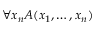
\forall x _ { n } A ( x _ { 1 } , \ldots , x _ { n } )